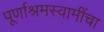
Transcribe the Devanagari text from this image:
पूर्णाश्रमस्वामींचा